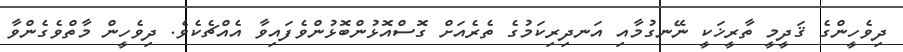
ދިވެހީންގެ ޤަދީމީ ތާރީޚަކީ ނޭނގުމާއި އަނދިރިކަމުގެ ތެރެއަށް ގޮސްއޮޅުންބޮޅުންވެފައިވާ އެއްޗެކެވެ. ދިވެހީން މާތްވެގެންވާ